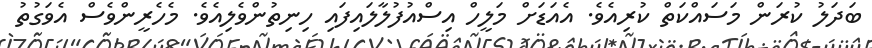
ބަދަލު ކުރަން މަސައްކަތް ކުރިއެވެ. އެއަޑަށް މަލީހް އިސްއުފުލާލައިފައި ހިނިތުންވެލިއެވެ. މެހެރީންވެސް އެވަގުތު